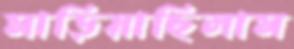
মাড়িয়াছিলাম